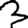
Digit: 3